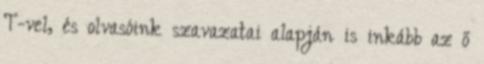
T-vel, és olvasóink szavazatai alapján is inkább az ő